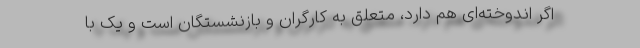
اگر اندوخته‌ای هم دارد، متعلق به کارگران و بازنشستگان است و یک با